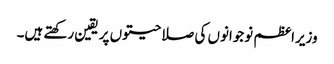
وزیراعظم نوجوانوں کی صلاحیتوں پر یقین رکھتے ہیں۔